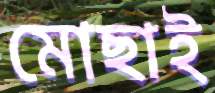
মোছাই